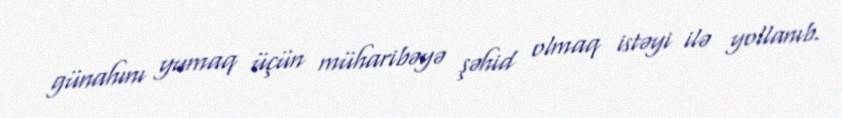
günahını yumaq üçün müharibəyə şəhid olmaq istəyi ilə yollanıb.